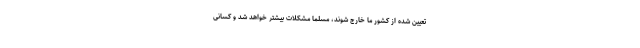
تعیین شده از کشور ما خارج شوند، مسلما مشکلات بیشتر خواهد شد و کسانی